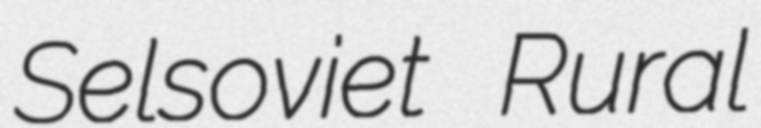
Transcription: Selsoviet Rural